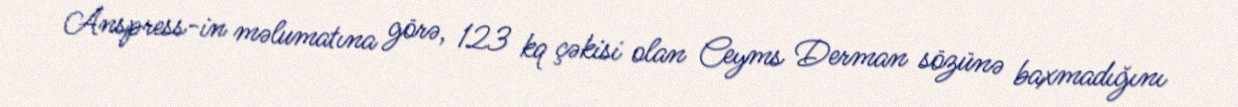
Anspress-in məlumatına görə, 123 kq çəkisi olan Ceyms Derman sözünə baxmadığını